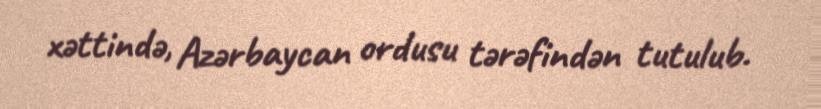
xəttində, Azərbaycan ordusu tərəfindən tutulub.